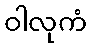
ဝါလုကံ